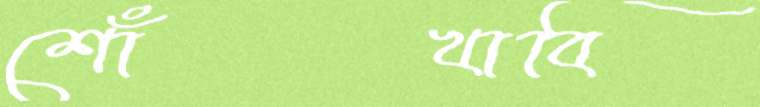
শোঁখাবি